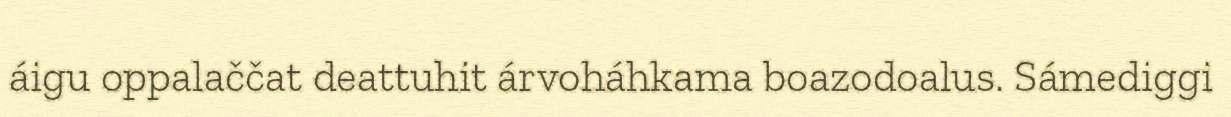
áigu oppalaččat deattuhit árvoháhkama boazodoalus. Sámediggi